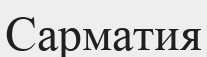
Сарматия